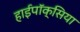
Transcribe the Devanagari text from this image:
हाईपॉक्सिया